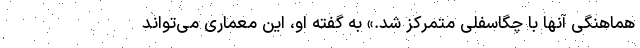
هماهنگی آنها با چگاسفلی متمرکز شد.» به‌ گفته او، این معماری می‌تواند